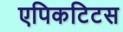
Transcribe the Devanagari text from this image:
एपिकटिटस